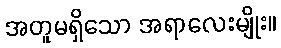
အတူမရှိသော အရာလေးမျိုး။